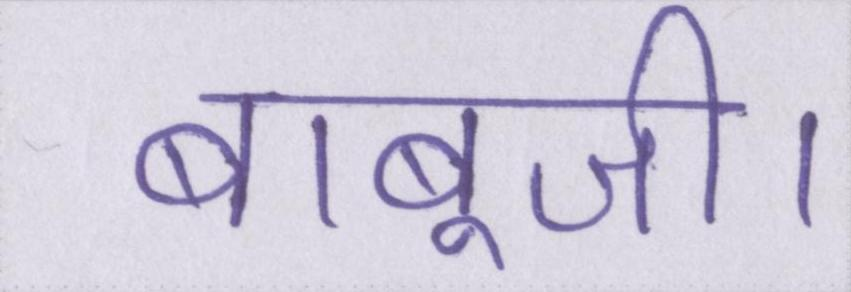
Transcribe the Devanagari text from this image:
बाबूजी।